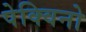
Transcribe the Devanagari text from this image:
पेक्विनो